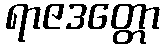
ရာဇဒတ္တော